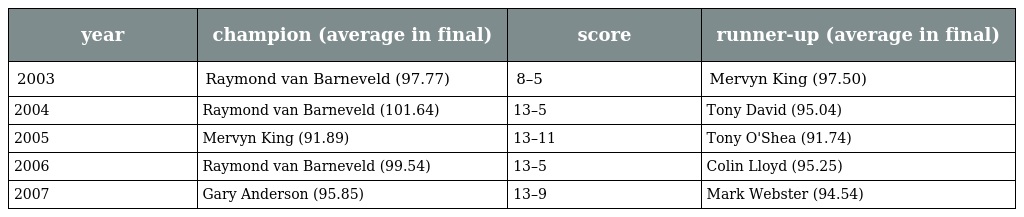
| year | champion (average in final) | score | runner-up (average in final) |
 | --- | --- | --- | --- |
 | 2003 | Raymond van Barneveld (97.77) | 8–5 | Mervyn King (97.50) |
 | 2004 | Raymond van Barneveld (101.64) | 13–5 | Tony David (95.04) |
 | 2005 | Mervyn King (91.89) | 13–11 | Tony O'Shea (91.74) |
 | 2006 | Raymond van Barneveld (99.54) | 13–5 | Colin Lloyd (95.25) |
 | 2007 | Gary Anderson (95.85) | 13–9 | Mark Webster (94.54) |